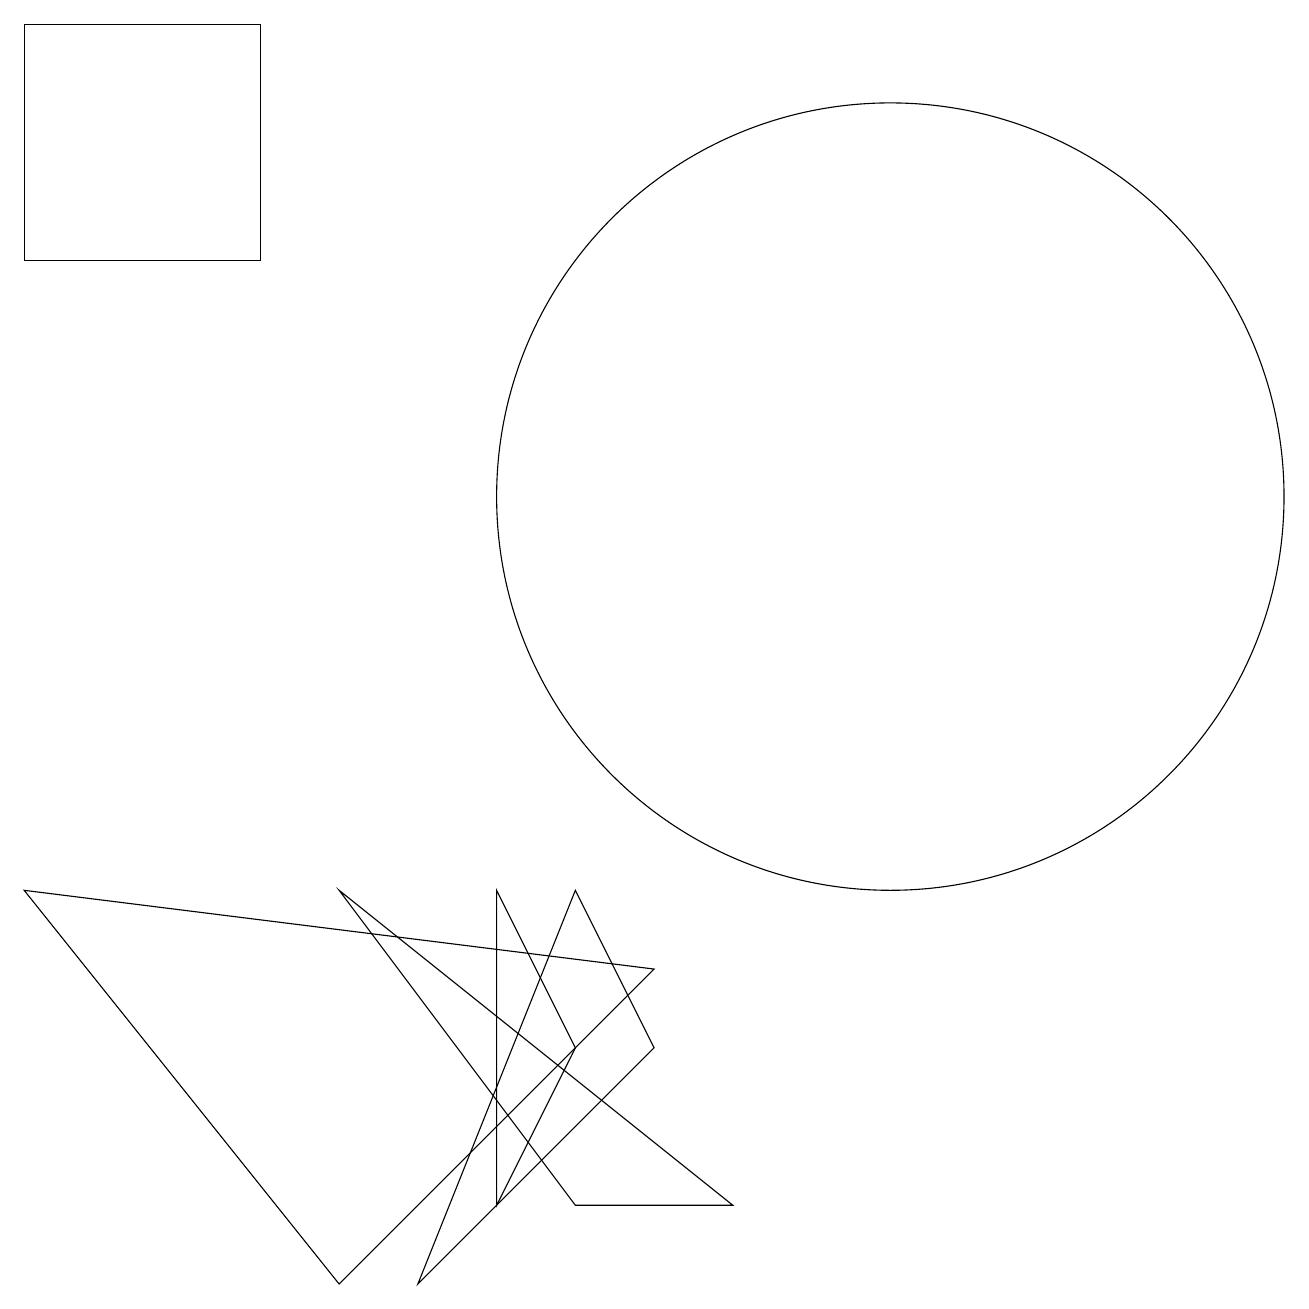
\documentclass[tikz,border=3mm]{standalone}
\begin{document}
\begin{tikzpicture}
\draw (9,1) -- (4,5) -- (7,1) -- cycle;
\draw (0,16) rectangle (3,13);
\draw (5,0) -- (8,3) -- (7,5) -- cycle;
\draw (6,1) -- (6,5) -- (7,3) -- cycle;
\draw (11,10) circle (5);
\draw (4,0) -- (0,5) -- (8,4) -- cycle;
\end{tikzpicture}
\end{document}